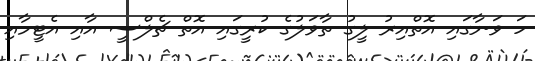
ހަ ވަނާގައި އޮތްއިރު ލީގު ތާވަލުގެ ކުރީގައި އޮތް ޗެލްސީ އާއި އެޓީމާއި